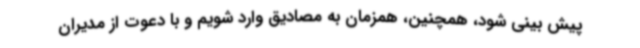
پیش بینی شود، همچنین، همزمان به مصادیق وارد شویم و با دعوت از مدیران